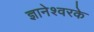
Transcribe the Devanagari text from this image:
ज्ञानेश्वरके